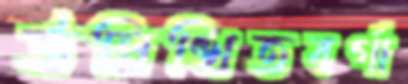
উল্লিখিতবর্গা